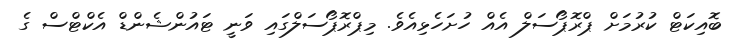
ބޮއިކަޓް ކުރުމަށް ޕްރޮޕޯސަލް އެއް ހުށަހެޅިއެވެ. މިޕްރޮޕޯސަލްގައި ވަނީ ޓައުންޝެންޑް އެކްޓްސް ގެ